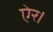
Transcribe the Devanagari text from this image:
ऐर।